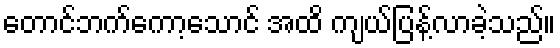
တောင်ဘက်ကော့သောင် အထိ ကျယ်ပြန့်လာခဲ့သည်။